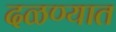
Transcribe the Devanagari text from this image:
दळण्यात